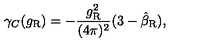
\gamma _ { C } ( g _ { \mathrm { R } } ) = - \frac { g _ { \mathrm { R } } ^ { 2 } } { ( 4 \pi ) ^ { 2 } } ( 3 - \hat { \beta } _ { \mathrm { R } } ) ,